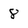
Character: 8